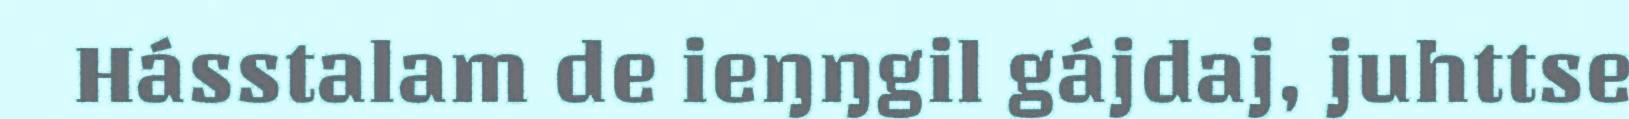
Hásstalam de ieŋŋgil gájdaj, juhttse